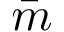
\bar { m }